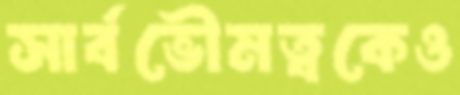
সার্বভৌমত্বকেও